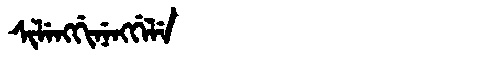
Manchu: ᠰᡳᠯᡝᠩᡤᡳᠨᡝᠩᡤᡝᠯᡝ
Romanization: SILENGGINENGGELE